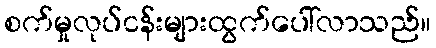
စက်မှုလုပ်ငန်းများထွက်ပေါ်လာသည်။